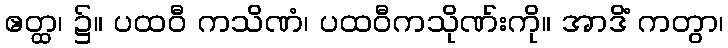
ဧတ္ထ၊ ၌။ ပထဝီ ကသိဏံ၊ ပထဝီကသိုဏ်းကို။ အာဒိံ ကတွာ၊